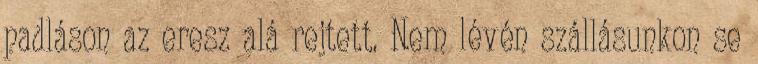
padláson az eresz alá rejtett. Nem lévén szállásunkon se